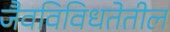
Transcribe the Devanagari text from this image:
जैवविविधतेतील